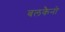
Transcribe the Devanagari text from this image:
बलकैनो